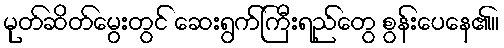
မုတ်ဆိတ်မွေးတွင် ဆေးရွက်ကြီးရည်တွေ စွန်းပေနေ၏။